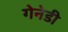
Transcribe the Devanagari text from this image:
गेनेडी